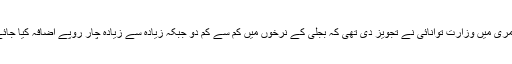
سمری میں وزارت توانائی نے تجویز دی تھی کہ بجلی کے نرخوں میں کم سے کم دو جبکہ زیادہ سے زیادہ چار روپے اضافہ کیا جائے۔